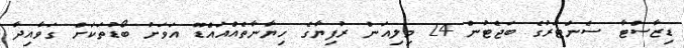
ޑިޒާސްޓާ ސެންޓަރުގެ ބަޖެޓުން 24 މިލިއަން ރުފިޔާގެ ހިޔާނާތެއްއައްޑޫ އަވަށު ބޯޑުތަކަށް ގަވާއިދާ